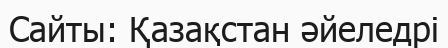
Сайты: Қазақстан әйеледрі